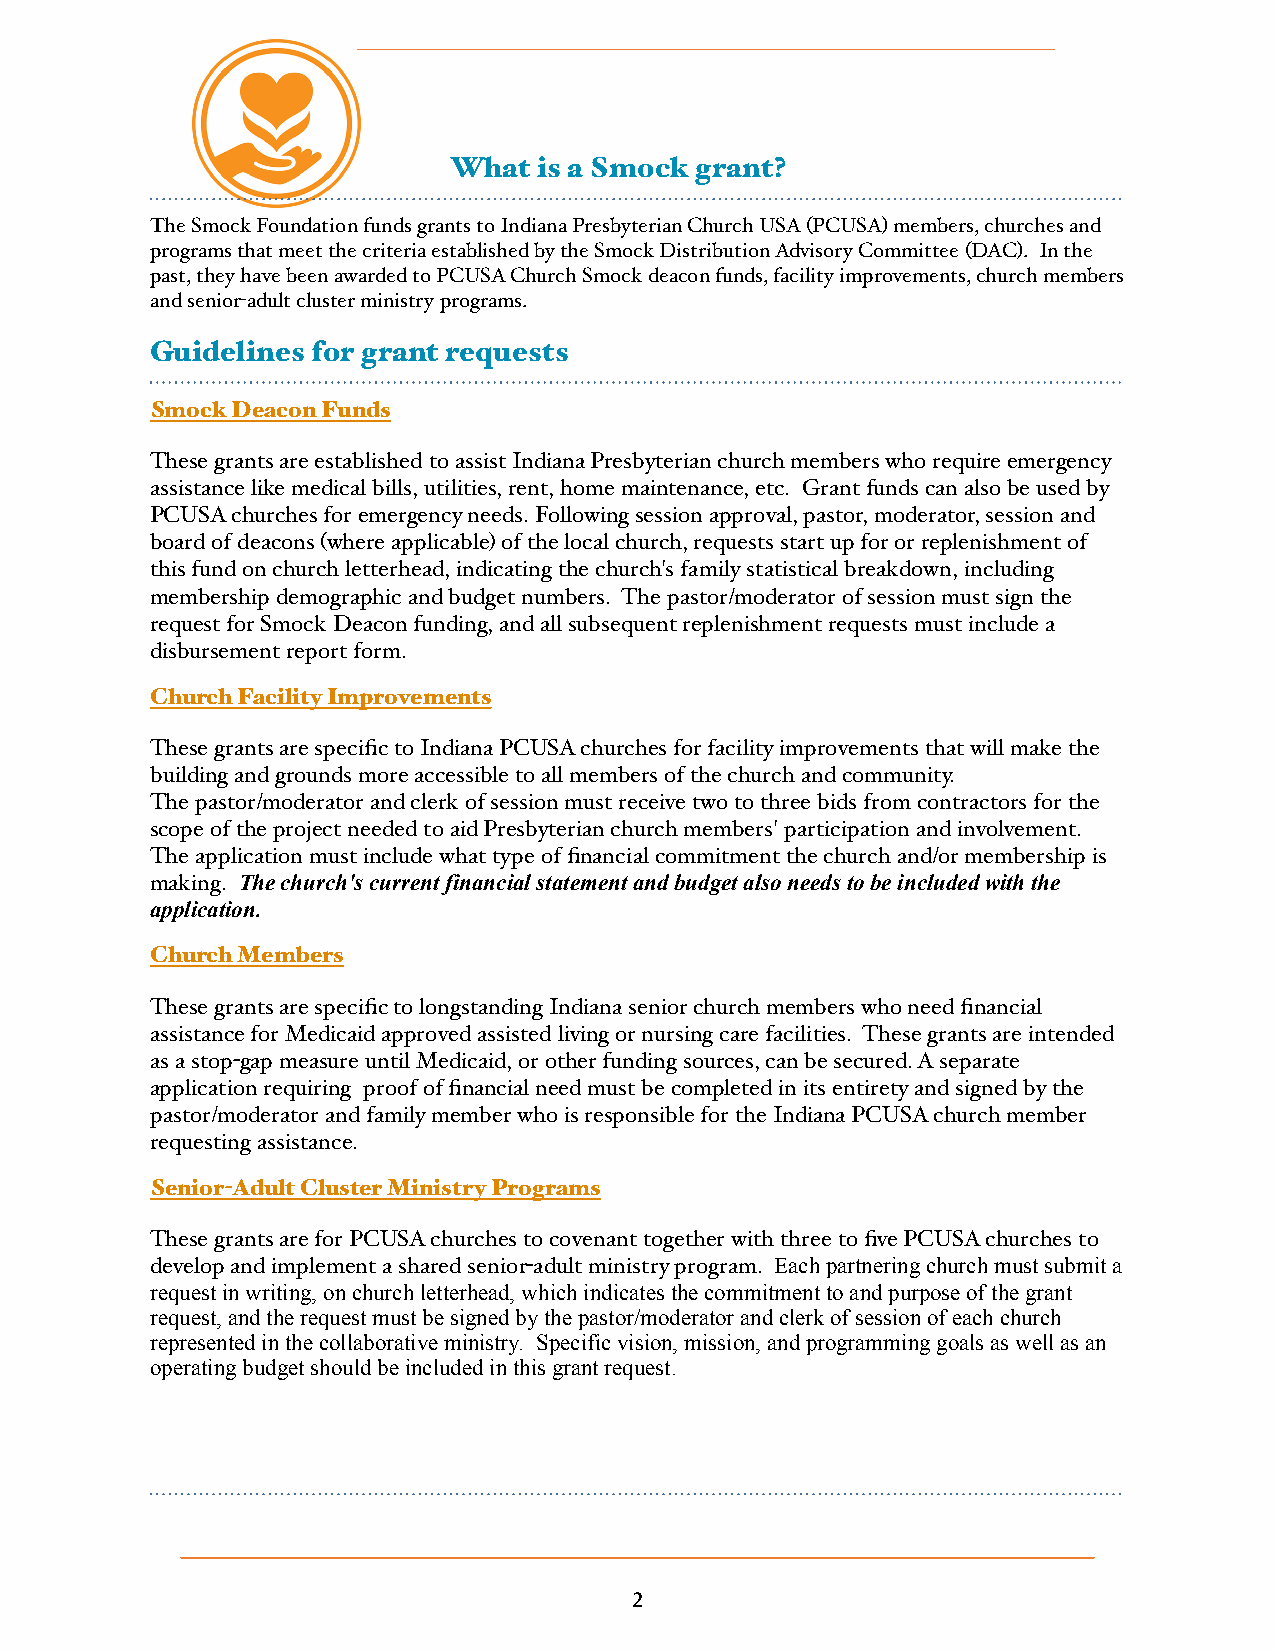
What  is a Smock grant?
 The Smock Foundation funds grants to Indiana Presbyterian Church USA (PCUSA) members, churches and
 programs that meet the criteria established by the Smock Distribution Advisory Committee (DAC). In the
 past, they have been awarded to PCUSA Church Smock deacon funds, facility improvements, church members
 and senior-adult cluster ministry programs.
 Guidelines for grant requests
 Smock Deacon Funds
 These grants are established to assist Indiana Presbyterian church members who require emergency
 assistance like medical bills, utilities, rent, home maintenance, etc. Grant funds can also be used by
 PCUSA churches for emergency needs. Following session approval, pastor, moderator, session and
 board of deacons (where applicable) of the local church, requests start up for or replenishment of
 this fund on church letterhead, indicating the church's family statistical breakdown, including
 membership demographic and budget numbers. The pastor/moderator of session must sign the
 request for Smock Deacon funding, and all subsequent replenishment requests must include a
 disbursement report form.
 Church Facility Improvements
 These grants are specific to Indiana PCUSA churches for facility improvements that will make the
 building and grounds more accessible to all members of the church and community.
 The pastor/moderator and clerk of session must receive two to three bids from contractors for the
 scope of the project needed to aid Presbyterian church members' participation and involvement.
 The application must include what type of financial commitment the church and/or membership is
 making. The church's current financial statement and budget also needs to be included with the
 application.
 Church Members
 These grants are specific to longstanding Indiana senior church members who need financial
 assistance for Medicaid approved assisted living or nursing care facilities. These grants are intended
 as a stop-gap measure until Medicaid, or other funding sources, can be secured. A separate
 application requiring proof of financial need must be completed in its entirety and signed by the
 pastor/moderator and family member who is responsible for the Indiana PCUSA church member
 requesting assistance.
 Senior-Adult Cluster Ministry Programs
 These grants are for PCUSA churches to covenant together with three to five PCUSA churches to
 develop and implement a shared senior-adult ministry program. Each partnering church must submit a
 request in writing, on church letterhead, which indicates the commitment to and purpose of the grant
 request, and the request must be signed by the pastor/moderator and clerk of session of each church
 represented in the collaborative ministry. Specific vision, mission, and programming goals as well as an
 operating budget should be included in this grant request.
 2